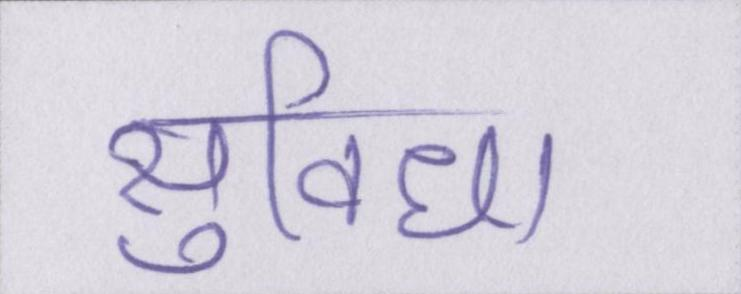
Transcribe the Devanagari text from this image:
सुविधा